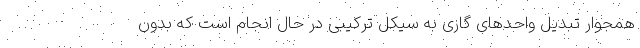
همجوار تبدیل واحدهای گازی به سیکل ترکیبی در حال انجام است که بدون